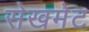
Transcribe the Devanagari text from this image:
सेखमेट